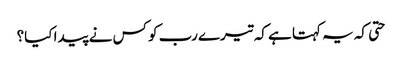
حتی کہ یہ کہتا ہے کہ تیرے رب کو کس نے پیدا کیا؟